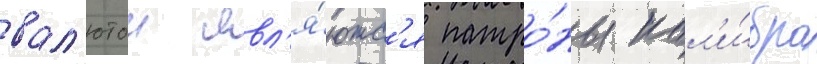
вал'ютои явл'я́ютс'я патро́ны кал'и́бра